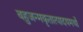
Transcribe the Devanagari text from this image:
बहुजन्मकृतात्पादयमर्थो